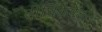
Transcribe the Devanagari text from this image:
दीर्घिकेपेक्षा